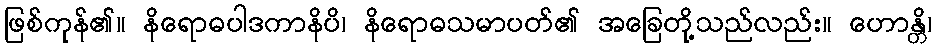
ဖြစ်ကုန်၏။ နိရောဓပါဒကာနိပိ၊ နိရောဓသမာပတ်၏ အခြေတို့သည်လည်း။ ဟောန္တိ၊